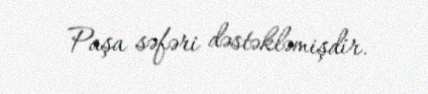
Paşa səfəri dəstəkləmişdir.